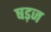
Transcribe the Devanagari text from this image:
षड़ज